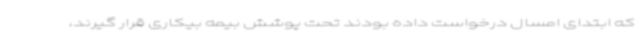
که ابتدای امسال درخواست داده بودند تحت پوشش بیمه بیکاری قرار گیرند،